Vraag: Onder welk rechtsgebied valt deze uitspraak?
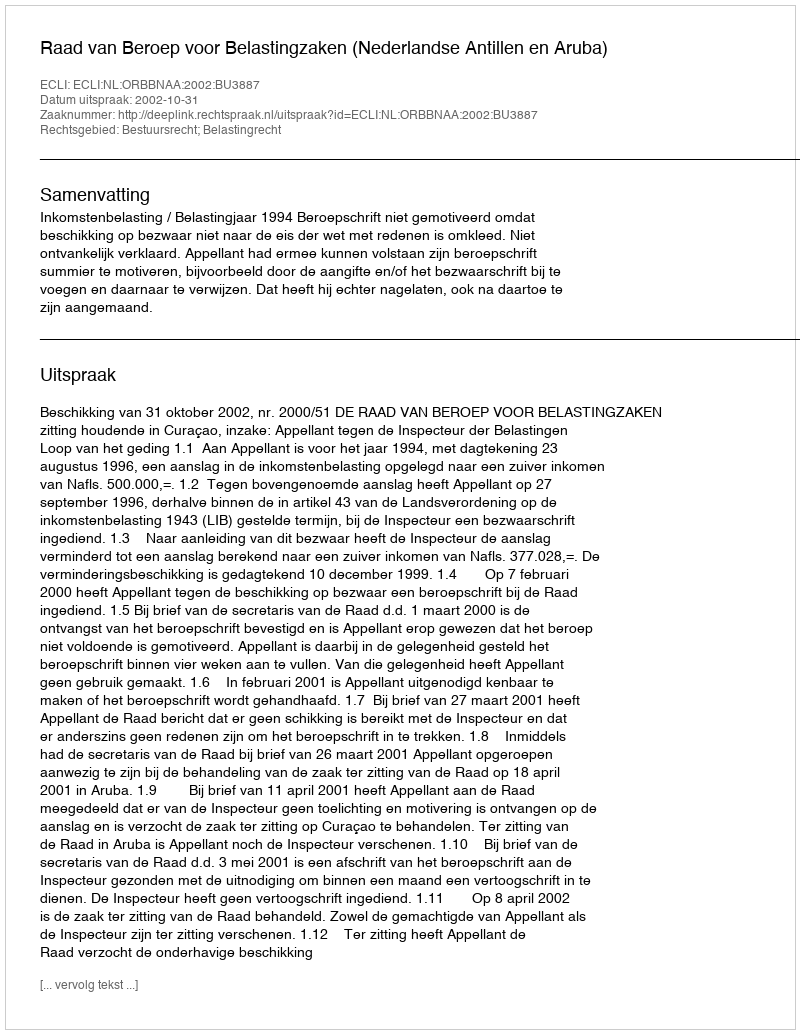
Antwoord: Bestuursrecht; Belastingrecht